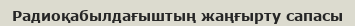
Радиоқабылдағыштың жаңғырту сапасы